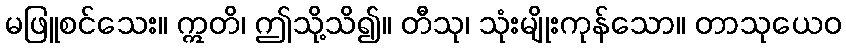
မဖြူစင်သေး။ ဣတိ၊ ဤသို့သိ၍။ တီသု၊ သုံးမျိုးကုန်သော။ တာသုယေဝ